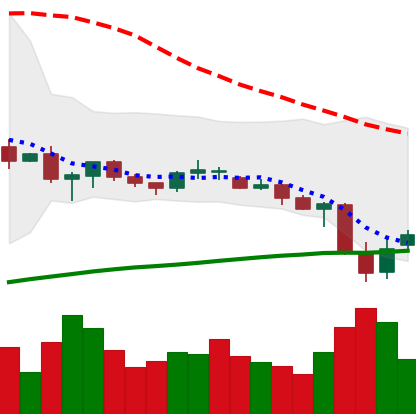
Ticker: XRP-USD
Chart end date: 2021-06-24
Forward return: 4.423%
Label: up_3_5